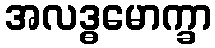
အလဒ္ဓမောက္ခာ